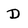
Character: D